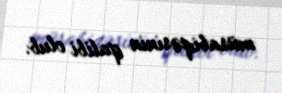
müsabiqəsinin qalibi olub.